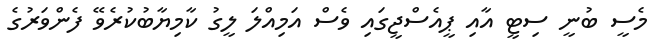
މެސީ ބުނީ ސިޓީ އާއި ޕީއެސްޖީގައި ވެސް އަމިއްލަ ލީގު ކާމިޔާބުކުރެވޭ ފެންވަރުގެ